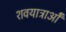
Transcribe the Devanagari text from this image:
शवयात्राओँ